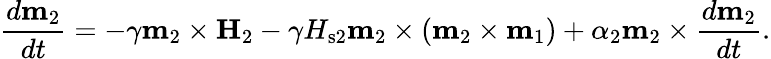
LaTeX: \frac{d\mathbf{m}_{2}}{dt}=-\gamma\mathbf{m}_{2}\times\mathbf{H}_{2}-\gamma H_{\mathrm{s}2}\mathbf{m}_{2}\times\left(\mathbf{m}_{2}\times\mathbf{m}_{1}\right)+\alpha_{2}\mathbf{m}_{2}\times\frac{d\mathbf{m}_{2}}{dt}.